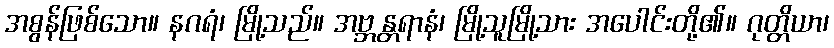
အစွန်ဖြစ်သော။ နဂရံ၊ မြို့သည်။ အဗ္ဘန္တရာနံ၊ မြို့သူမြို့သား အပေါင်းတို့၏။ ဂုတ္တိယာ၊